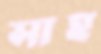
সাহ